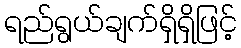
ရည်ရွယ်ချက်ရှိရှိဖြင့်